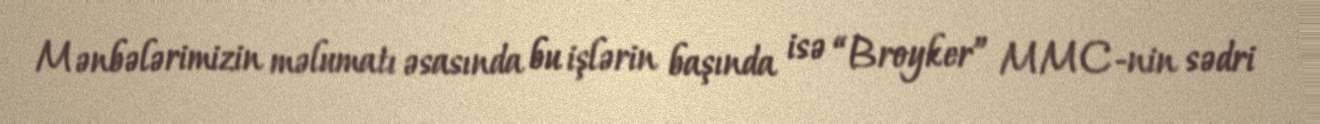
Mənbələrimizin məlumatı əsasında bu işlərin başında isə “Broyker” MMC-nin sədri